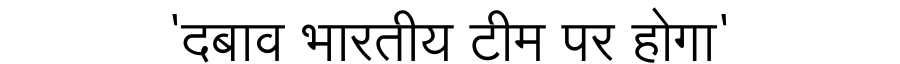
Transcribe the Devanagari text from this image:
'दबाव भारतीय टीम पर होगा'